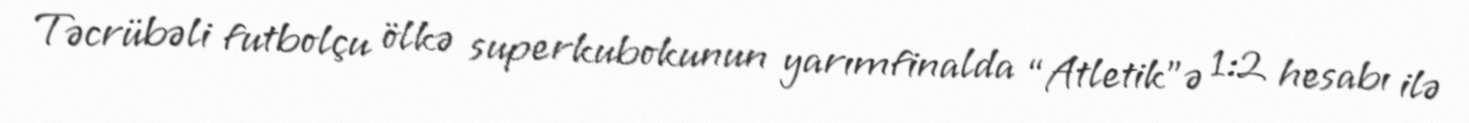
Təcrübəli futbolçu ölkə superkubokunun yarımfinalda “Atletik”ə 1:2 hesabı ilə